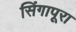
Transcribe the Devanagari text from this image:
सिंगापूरा